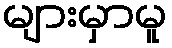
များမှာမူ